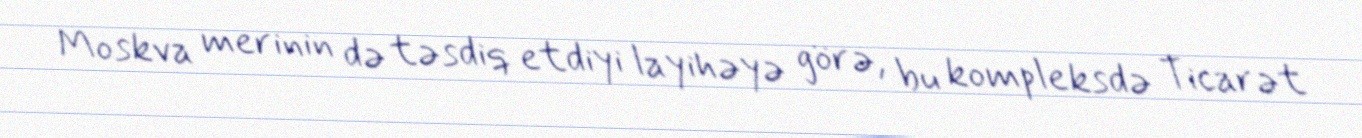
Moskva merinin də təsdiq etdiyi layihəyə görə, bu kompleksdə Ticarət